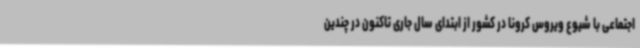
اجتماعی با شیوع ویروس کرونا در کشور از ابتدای سال جاری تاکنون در چندین